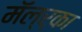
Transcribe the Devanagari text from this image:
मॅल्र्का